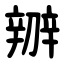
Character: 辧